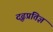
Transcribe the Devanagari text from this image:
दृढ़प्रतिज्ञ